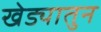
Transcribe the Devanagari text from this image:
खेड्यातुन